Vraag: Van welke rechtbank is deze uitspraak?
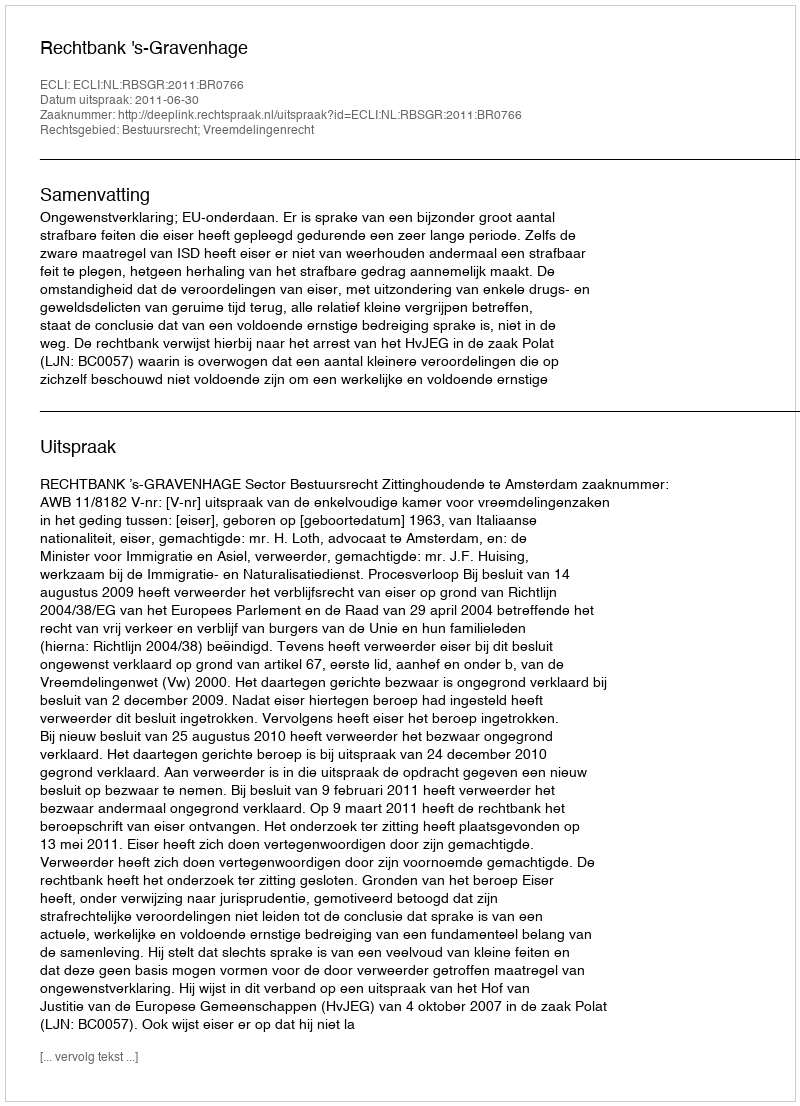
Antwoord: Rechtbank 's-Gravenhage